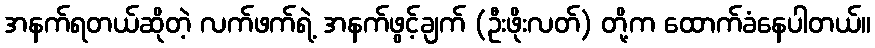
အနက်ရတယ်ဆိုတဲ့ လက်ဖက်ရဲ့ အနက်ဖွင့်ချက် (ဦးဖိုးလတ်) တို့က ထောက်ခံနေပါတယ်။